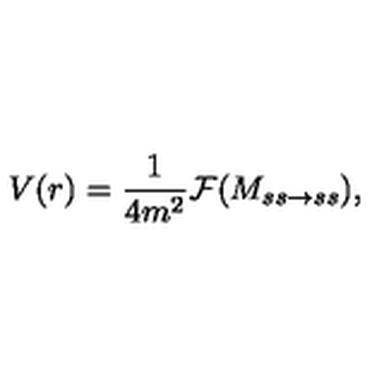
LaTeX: V ( r ) = { \frac { 1 } { 4 m ^ { 2 } } } { \cal F } ( M _ { s s \rightarrow s s } ) ,